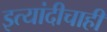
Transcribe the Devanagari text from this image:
इत्यांदीचाही